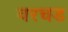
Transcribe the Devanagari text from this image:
वरचड